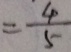
= \frac { 4 } { 5 }